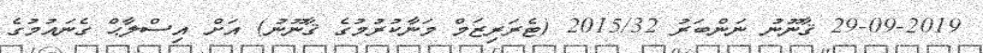
29-09-2019 ޤާނޫނު ނަންބަރު 2015/32 (ޓެރަރިޒަމް މަނާކުރުމުގެ ޤާނޫނު) އަށް އިސްލާޙް ގެނައުމުގެ